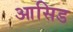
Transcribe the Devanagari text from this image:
आसिड